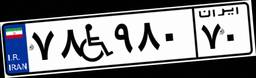
۷۶W۸۵۳۵۲